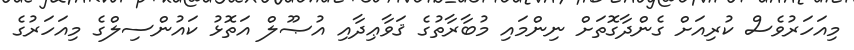
މިއަހަރުވެސް ކުރިއަށް ގެންދާގޮތަށް ނިންމައި މުބާރާތުގެ ޤަވާޢިދާއި އުޞޫލް އަތޮޅު ކައުންސިލްގެ މިއަހަރުގެ